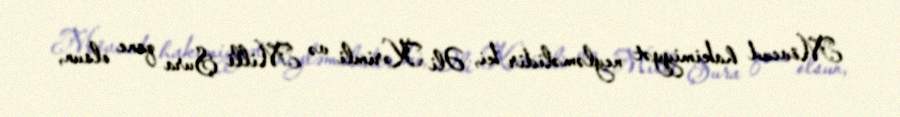
Mövcud hakimiyyət neyləməlidir ki, Əli Kərimli və Milli Şura qane olsun,